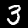
Label: 3